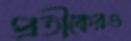
প্রতীকেরও